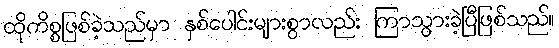
ထိုကိစ္စဖြစ်ခဲ့သည်မှာ နှစ်ပေါင်းများစွာလည်း ကြာသွားခဲ့ပြီဖြစ်သည်။